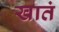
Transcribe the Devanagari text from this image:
खातं